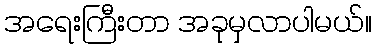
အရေးကြီးတာ အခုမှလာပါမယ်။